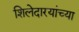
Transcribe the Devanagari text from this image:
शिलेदारयांच्या